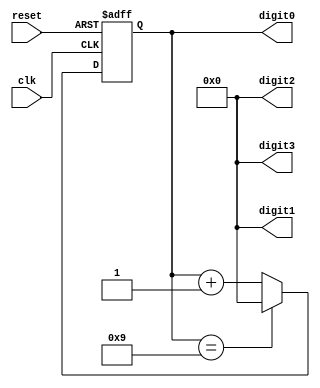
module BCD_Counter (
    input wire clk,
    input wire reset,
    output reg [3:0] digit3,
    output reg [3:0] digit2,
    output reg [3:0] digit1,
    output reg [3:0] digit0
);

reg [3:0] count;

always @(posedge clk or posedge reset) begin
    if (reset) begin
        count <= 4'b0000;
    end else begin
        if (count == 4'b1001) begin
            count <= 4'b0000;
        end else begin
            count <= count + 4'b0001;
        end
    end
end

assign {digit3, digit2, digit1, digit0} = count;

endmodule